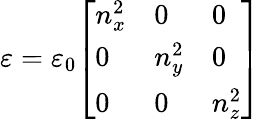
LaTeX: \mathbf{\varepsilon}=\varepsilon_{0}{\left[\begin{array}{lll}{n_{x}^{2}}&{0}&{0}\\ {0}&{n_{y}^{2}}&{0}\\ {0}&{0}&{n_{z}^{2}}\end{array}\right]}